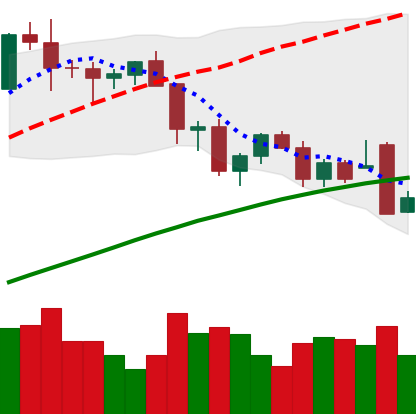
Ticker: BTC-USD
Chart end date: 2021-11-27
Forward return: 3.033%
Label: up_3_5